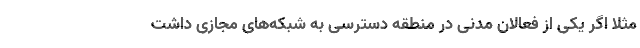
مثلا اگر یکی از فعالان مدنی در منطقه دسترسی به شبکه‌های مجازی داشت